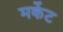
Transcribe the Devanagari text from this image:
मर्केट